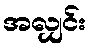
အလျှင်း